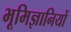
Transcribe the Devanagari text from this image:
भूमिज्ञानियों